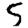
Digit: 5